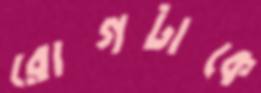
রোগটাকে